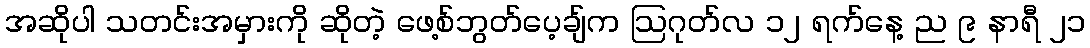
အဆိုပါ သတင်းအမှားကို ဆိုတဲ့ ဖေ့စ်ဘွတ်ပေ့ချ်က ဩဂုတ်လ ၁၂ ရက်နေ့ ည ၉ နာရီ ၂၁